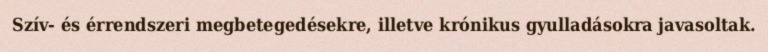
Szív- és érrendszeri megbetegedésekre, illetve krónikus gyulladásokra javasoltak.